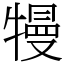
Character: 𤛔